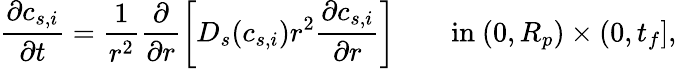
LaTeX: \frac{\partial c_{s,i}}{\partial t}=\frac{1}{r^{2}}\frac{\partial}{\partial r}\left[D_{s}(c_{s,i})r^{2}\frac{\partial c_{s,i}}{\partial r}\right]\qquad\textrm{in}\ (0,R_{p})\times(0,t_{f}],